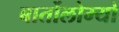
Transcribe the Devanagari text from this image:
बार्तोलोम्यो